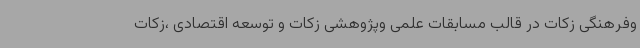
وفرهنگی زکات در قالب مسابقات علمی وپژوهشی زکات و توسعه اقتصادی ،زکات